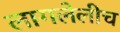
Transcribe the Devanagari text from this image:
लागलेलीच